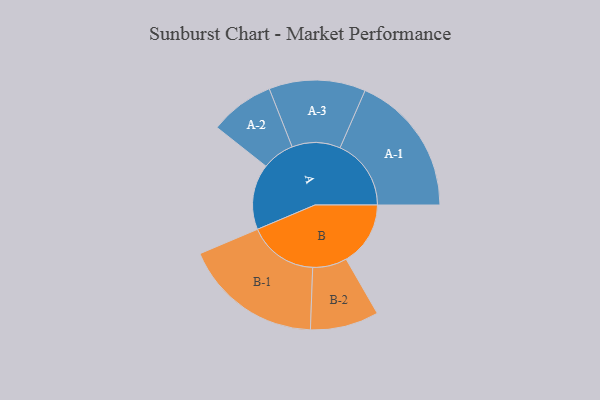
{"axis": {"x": "Segment", "y": "Value"}, "legend": ["", "A", "B"], "data": [{"x": "A", "y": 262, "type": ""}, {"x": "B", "y": 257, "type": ""}, {"x": "A-1", "y": 284, "type": "A"}, {"x": "A-2", "y": 129, "type": "A"}, {"x": "A-3", "y": 193, "type": "A"}, {"x": "B-1", "y": 278, "type": "B"}, {"x": "B-2", "y": 137, "type": "B"}]}